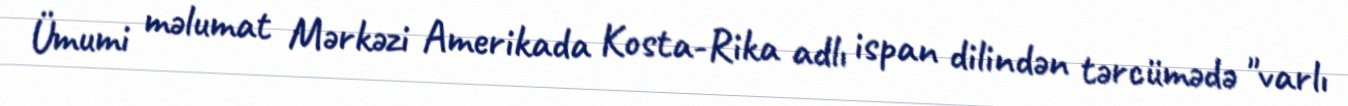
Ümumi məlumat Mərkəzi Amerikada Kosta-Rika adlı ispan dilindən tərcümədə "varlı